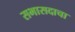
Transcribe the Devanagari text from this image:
सभासदाचा